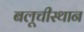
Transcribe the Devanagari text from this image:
बलूचीस्थान